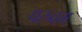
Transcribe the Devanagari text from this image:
परुवम